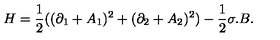
H = { \frac { 1 } { 2 } } ( ( \partial _ { 1 } + A _ { 1 } ) ^ { 2 } + ( \partial _ { 2 } + A _ { 2 } ) ^ { 2 } ) - { \frac { 1 } { 2 } } { \sigma } . B .